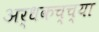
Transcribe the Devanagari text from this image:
अर्धकच्च्या